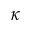
\kappa